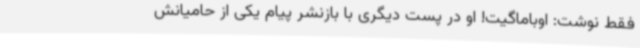
فقط نوشت: اوباماگیت! او در پست دیگری با بازنشر پیام یکی از حامیانش